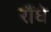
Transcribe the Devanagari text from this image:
रौंधे